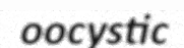
oocystic